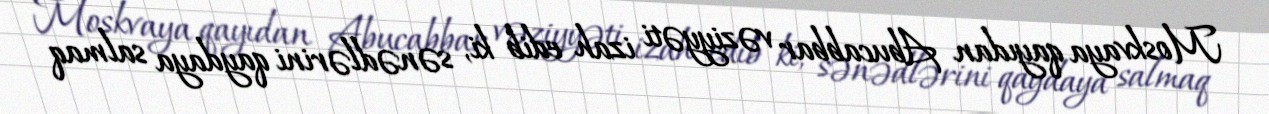
Moskvaya qayıdan Abucabbar vəziyyəti izah edib ki, sənədlərini qaydaya salmaq